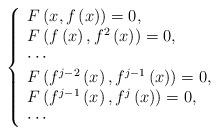
LaTeX: \begin{align*}\left\{\begin{array}[c]{l}F\left( x,f\left( x\right) \right) =0,\\F\left( f\left( x\right) ,f^{2}\left( x\right) \right) =0,\\\cdots\\F\left( f^{j-2}\left( x\right) ,f^{j-1}\left( x\right) \right) =0,\\F\left( f^{j-1}\left( x\right) ,f^{j}\left( x\right) \right) =0,\\\cdots\end{array}\right. \end{align*}